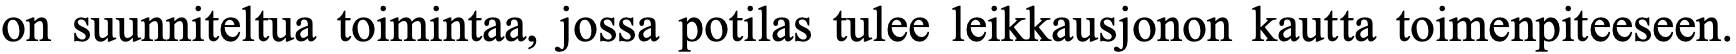
on suunniteltua toimintaa, jossa potilas tulee leikkausjonon kautta toimenpiteeseen.